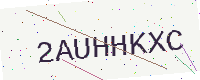
Text: 2AUHHKXC